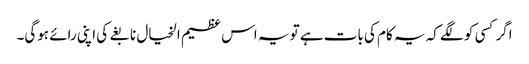
اگر کسی کو لگے کہ یہ کام کی بات ہے تو یہ اس عظیم الخیال نابغے کی اپنی رائے ہوگی۔